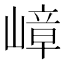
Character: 嶂